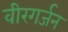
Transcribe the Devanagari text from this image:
वीरगर्जन